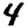
Digit: 4